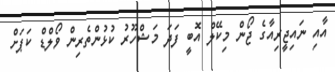
އާއި ނައިޖީރިއާގެ ޖޯން މިކޭލް އޮބީ ފަދަ މަޝްހޫރު ކުޅުންތެރިން ވޯލްޑް ކަޕަށް